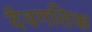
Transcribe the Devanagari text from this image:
दैवगतिक